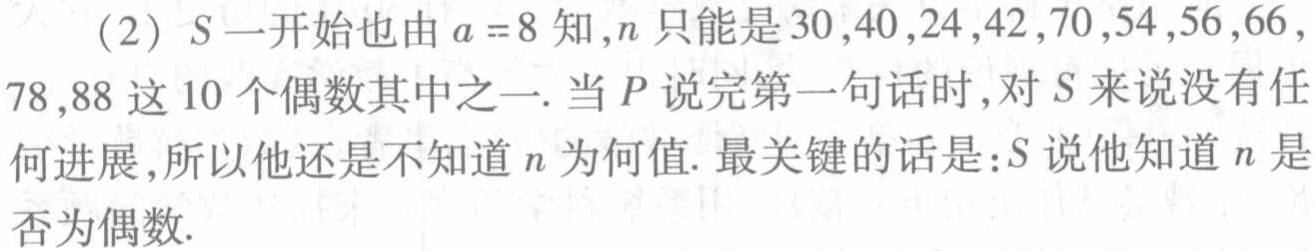
（2）$S$一开始也由$a = 8$知，$n$只能是$30,40,24,42,70,54,56,66$，$78,88$这$10$个偶数其中之一. 当$P$说完第一句话时，对$S$来说没有任何进展，所以他还是不知道$n$为何值. 最关键的话是：$S$说他知道$n$是否为偶数.